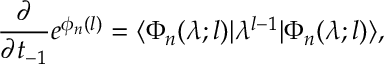
\frac { \partial } { \partial t _ { - 1 } } e ^ { \phi _ { n } ( l ) } = \langle \Phi _ { n } ( \lambda ; l ) | \lambda ^ { l - 1 } | \Phi _ { n } ( \lambda ; l ) \rangle ,